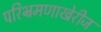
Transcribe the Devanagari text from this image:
परिभ्रमणाखेरीज